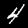
Digit: 4